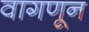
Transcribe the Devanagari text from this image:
वागणून